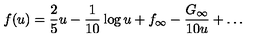
f ( u ) = \frac { 2 } { 5 } u - \frac { 1 } { 1 0 } \log u + f _ { \infty } - \frac { G _ { \infty } } { 1 0 u } + \ldots